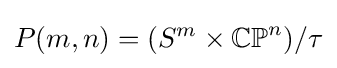
P(m,n)=(S^{m}\times \mathbb {CP} ^{n})/\tau